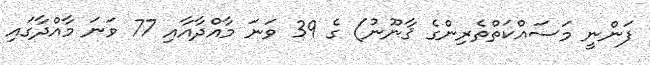
ފަންނީ މަސައްކަތްތެރިންގެ ޤާނޫނު) ގެ 39 ވަނަ މާއްދާއާއި 77 ވަނަ މާއްދާގައި